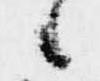
候